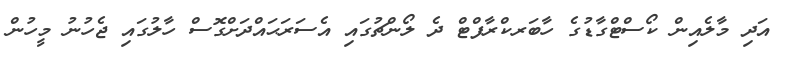
އަދި މާލެއިން ކޯސްޓްގާޑުގެ ހާބަރކްރާފްޓް ދެ ލޯންޗުގައި އެސަރަޙައްދަށްގޮސް ހާލުގައި ޖެހުނު މީހުން